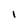
Character: i